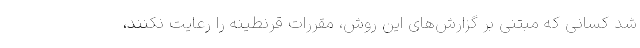
شد کسانی که مبتنی بر گزارش‌های این روش، مقررات قرنطینه را رعایت نکنند،